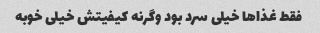
فقط غذا‌ها خیلی سرد بود وگرنه کیفیتش خیلی خوبه